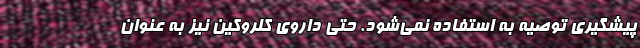
پیشگیری توصیه به استفاده نمی‌شود. حتی داروی کلروکین نیز به عنوان